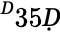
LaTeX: ^Ḋ35Ḍ